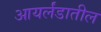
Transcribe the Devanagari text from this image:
आयर्लंडातील